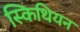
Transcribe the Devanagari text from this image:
स्किथियन